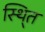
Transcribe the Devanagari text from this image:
स्थि्त